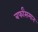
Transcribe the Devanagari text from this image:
बर्फांसमान